Insane asylums in Bengal annual reports 1867-1875 - 1867-1875
Year: 1867
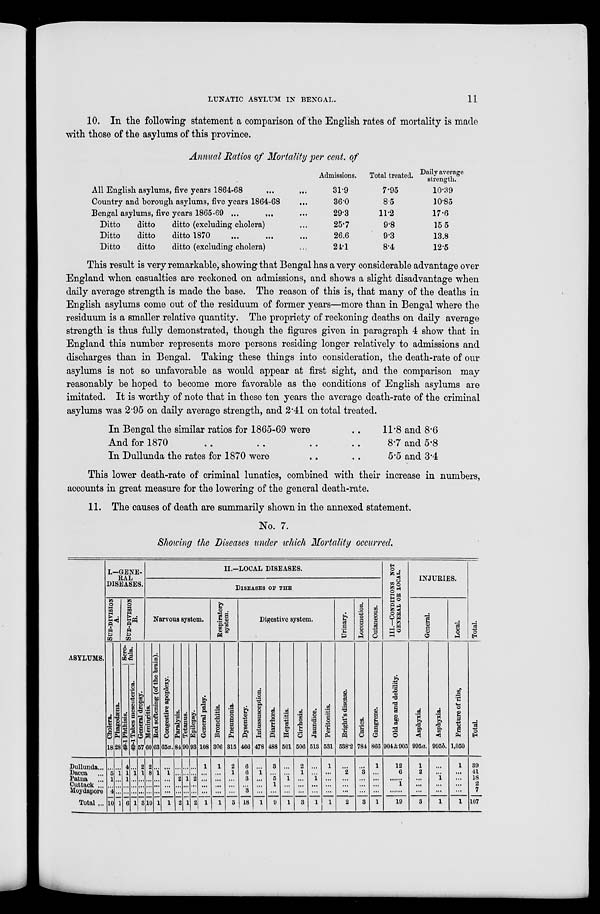
LUNATIC ASYLUM IN BENGAL.
11
10. In the following statement a comparison of the English rates of mortality is made
with those of the asylums of this province.
Annual Ratios of Mortality per cent, of
All English asylums, five years 1864-68 ... ...
Country and borough asylums, five years 1864-68 ...
Bengal asylums, five years 1865-69 ... ... ...
Ditto
ditto
ditto (excluding cholera) ...
Ditto
ditto
ditto 1870 ... ... ...
Ditto
ditto
ditto (excluding cholera) ...
Admissions.
31.9
36.0
29.3
25.7
26.6
24.1
Total treated.
7.95
8.5
11.2
9.8
9.3
8.4
Daily average
strength.
10.39
10.85
17.6
15.5
13.8
12.5
This result is very remarkable, showing that Bengal has a very considerable advantage over
England when casualties are reckoned on admissions, and shows a slight disadvantage when
daily average strength is made the base. The reason of this is, that many of the deaths in
English asylums come out of the residuum of former years—more than in Bengal where the
residuum is a smaller relative quantity. The propriety of reckoning deaths on daily average
strength is thus fully demonstrated, though the figures given in paragraph 4 show that in
England this number represents more persons residing longer relatively to admissions and
discharges than in Bengal. Taking these things into consideration, the death-rate of our
asylums is not so unfavorable as would appear at first sight, and the comparison may
reasonably be hoped to become more favorable as the conditions of English asylums are
imitated. It is worthy of note that in these ten years the average death-rate of the criminal
asylums was 2.95 on daily average strength, and 2.41 on total treated.
In Bengal the similar ratios for 1865-69 were ..
And for 1870 .. .. .. ..
In Dullunda the rates for 1870 were .. ..
11.8 and 8.6
8.7 and 5.8
5.5 and 3.4
This lower death-rate of criminal lunatics, combined with their increase in numbers,
accounts in great measure for the lowering of the general death-rate.
11. The causes of death are summarily shown in the annexed statement.
No. 7.
Showing the Diseases under which Mortality occurred.
ASYLUMS.
Dullunda ...
Dacca ...
Patna ...
Cuttack ...
Moydapore
Total ...
I.—GENE-
RAL
DISEASES.
SUB-DIVISION
A.
Cholera.
18
...
5
1
...
4
10
Phagedena.
28
...
1
...
...
...
1
SUB-DIVISION
B.
Scro-
fula.
Phthisis.
49-1
4
1
1
...
...
6
Tabes mesenterica.
49-1
...
1
...
...
...
1
General dropsy.
57
2
1
...
...
...
3
II.—LOCAL DISEASES.
DISEASES OF THE
Narvous system.
Meningitis.
60
2
8
...
...
...
10
Bed softening (of the brain).
63
...
1
...
...
...
1
Congestive apoplexy.
65a.
...
1
...
...
...
1
Paralysis.
84
...
...
2
...
...
2
Tetanus.
90
...
...
1
...
...
1
Epilepsy.
93
...
...
2
...
...
2
General palsy.
108
1
...
...
...
...
1
Respiratory
system.
Bronchitis.
306
1
...
...
...
...
1
Pneumonia.
315
2
1
...
...
...
3
Digestive system.
Dysentery.
466
6
6
3
3
18
Intussusception.
478
...
1
...
...
...
1
Diarrhœa.
488
3
...
5
1
...
9
Hepatitis.
501
...
...
1
...
...
1
Cirrhosis.
506
2
1
...
...
...
3
Jaundice.
513
...
...
1
...
...
1
Peritonitis.
531
1
...
...
...
...
1
Urinary.
Bright's disease.
538.2
...
2
...
...
...
2
Locomotion.
Caries.
784
...
3
...
...
...
3
Cutaneous.
Gangrene.
866
1
...
...
...
...
1
III.—CONDITIONS NOT
GENERAL OR LOCAL.
Old age and debility.
904 & 905
12
6
......
1
...
19
INJURIES.
General.
Asphyxia.
995a.
1
2
...
...
...
3
Asphyxia.
995b.
...
...
1
...
...
1
Local.
Fracture of ribs,
1,050
1
...
...
...
...
1
Total.
Total.
39
41
18
2
7
107